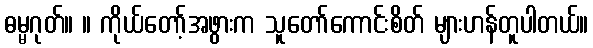
ဓမ္မဂုတ်။ ။ ကိုယ်တော့်အဖွားက သူတော်ကောင်းစိတ် များဟန်တူပါတယ်။